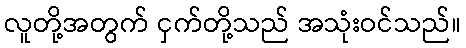
လူတို့အတွက် ငှက်တို့သည် အသုံးဝင်သည်။